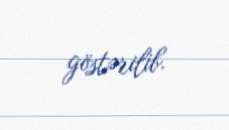
göstərilib.